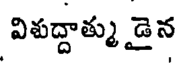
విపద్దాత్ము డైన